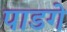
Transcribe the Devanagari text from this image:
पाडगे